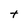
Character: T